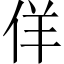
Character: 佯